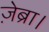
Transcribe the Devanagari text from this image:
ज़ेब्रा।